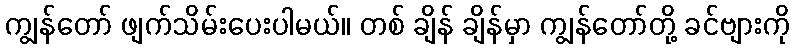
ကျွန်တော် ဖျက်သိမ်းပေးပါမယ်။ တစ် ချိန် ချိန်မှာ ကျွန်တော်တို့ ခင်ဗျားကို